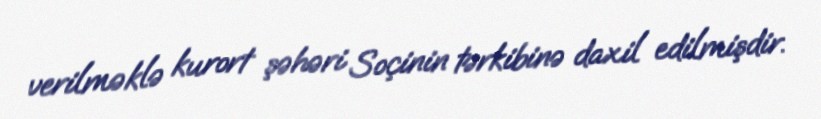
verilməklə kurort şəhəri Soçinin tərkibinə daxil edilmişdir.